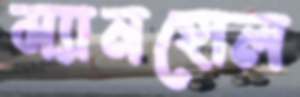
ম্যানহোল